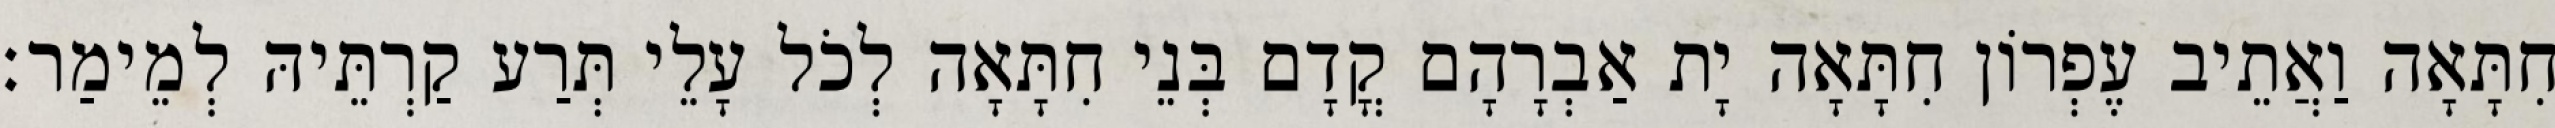
חִתָּאָה וַאֲתֵיב עֶפְרוֹן חִתָּאָה יָת אַבְרָהָם קֳדָם בְּנֵי חִתָּאָה לְכֹל עָלֵי תְּרַע קַרְתֵּיהּ לְמֵימַר׃